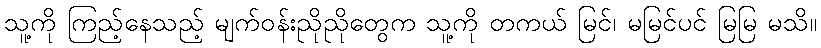
သူ့ကို ကြည့်နေသည့် မျက်ဝန်းညိုညိုတွေက သူ့ကို တကယ် မြင်၊ မမြင်ပင် မြမြ မသိ။